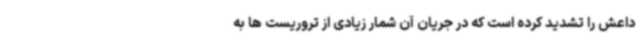
داعش را تشدید کرده است که در جریان آن شمار زیادی از تروریست ها به